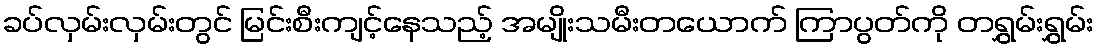
ခပ်လှမ်းလှမ်းတွင် မြင်းစီးကျင့်နေသည့် အမျိုးသမီးတယောက် ကြာပွတ်ကို တရွှမ်းရွှမ်း